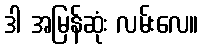
ဒါ အမြန်ဆုံး လမ်းလေ။